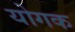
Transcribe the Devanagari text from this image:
योगक